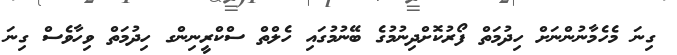
ގިނަ މެހެމާނުންނަށް ހިދުމަތް ފޯރުކޮށްދިނުމުގެ ބޭނުމުގައި ހެލްތް ސްކްރީނިންގ ހިދުމަތް ވިހާވެސް ގިނަ